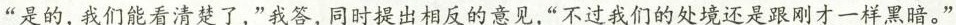
“是的，我们能看清楚了，”我答，同时提出相反的意见，”不过我们的处境还是跟刚才一样黑暗。”